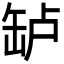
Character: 𬙎